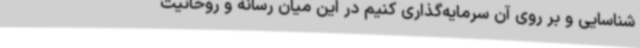
شناسایی و بر روی آن سرمایه‌گذاری کنیم در این میان رسانه و روحانیت